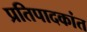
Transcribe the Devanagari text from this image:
प्रतिपादकांत